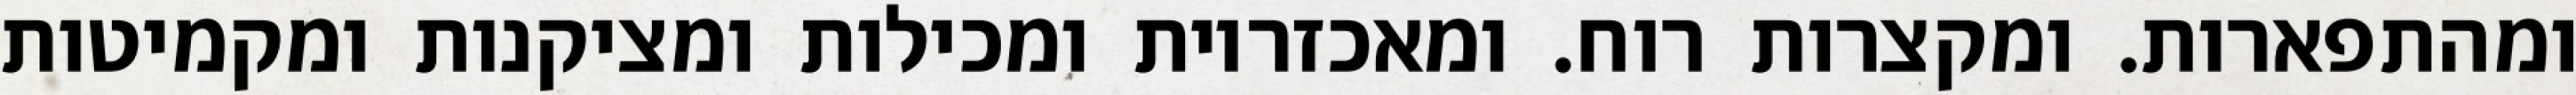
ומהתפארות. ומקצרות רוח. ומאכזריות ומכילות ומציקנות ומקמיטות